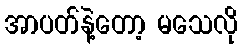
အာပတ်နဲ့တော့ မသေလို